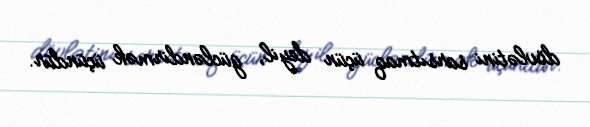
dövlətini sarsıtmaq üçün deyil, gücləndirmək üçündür.